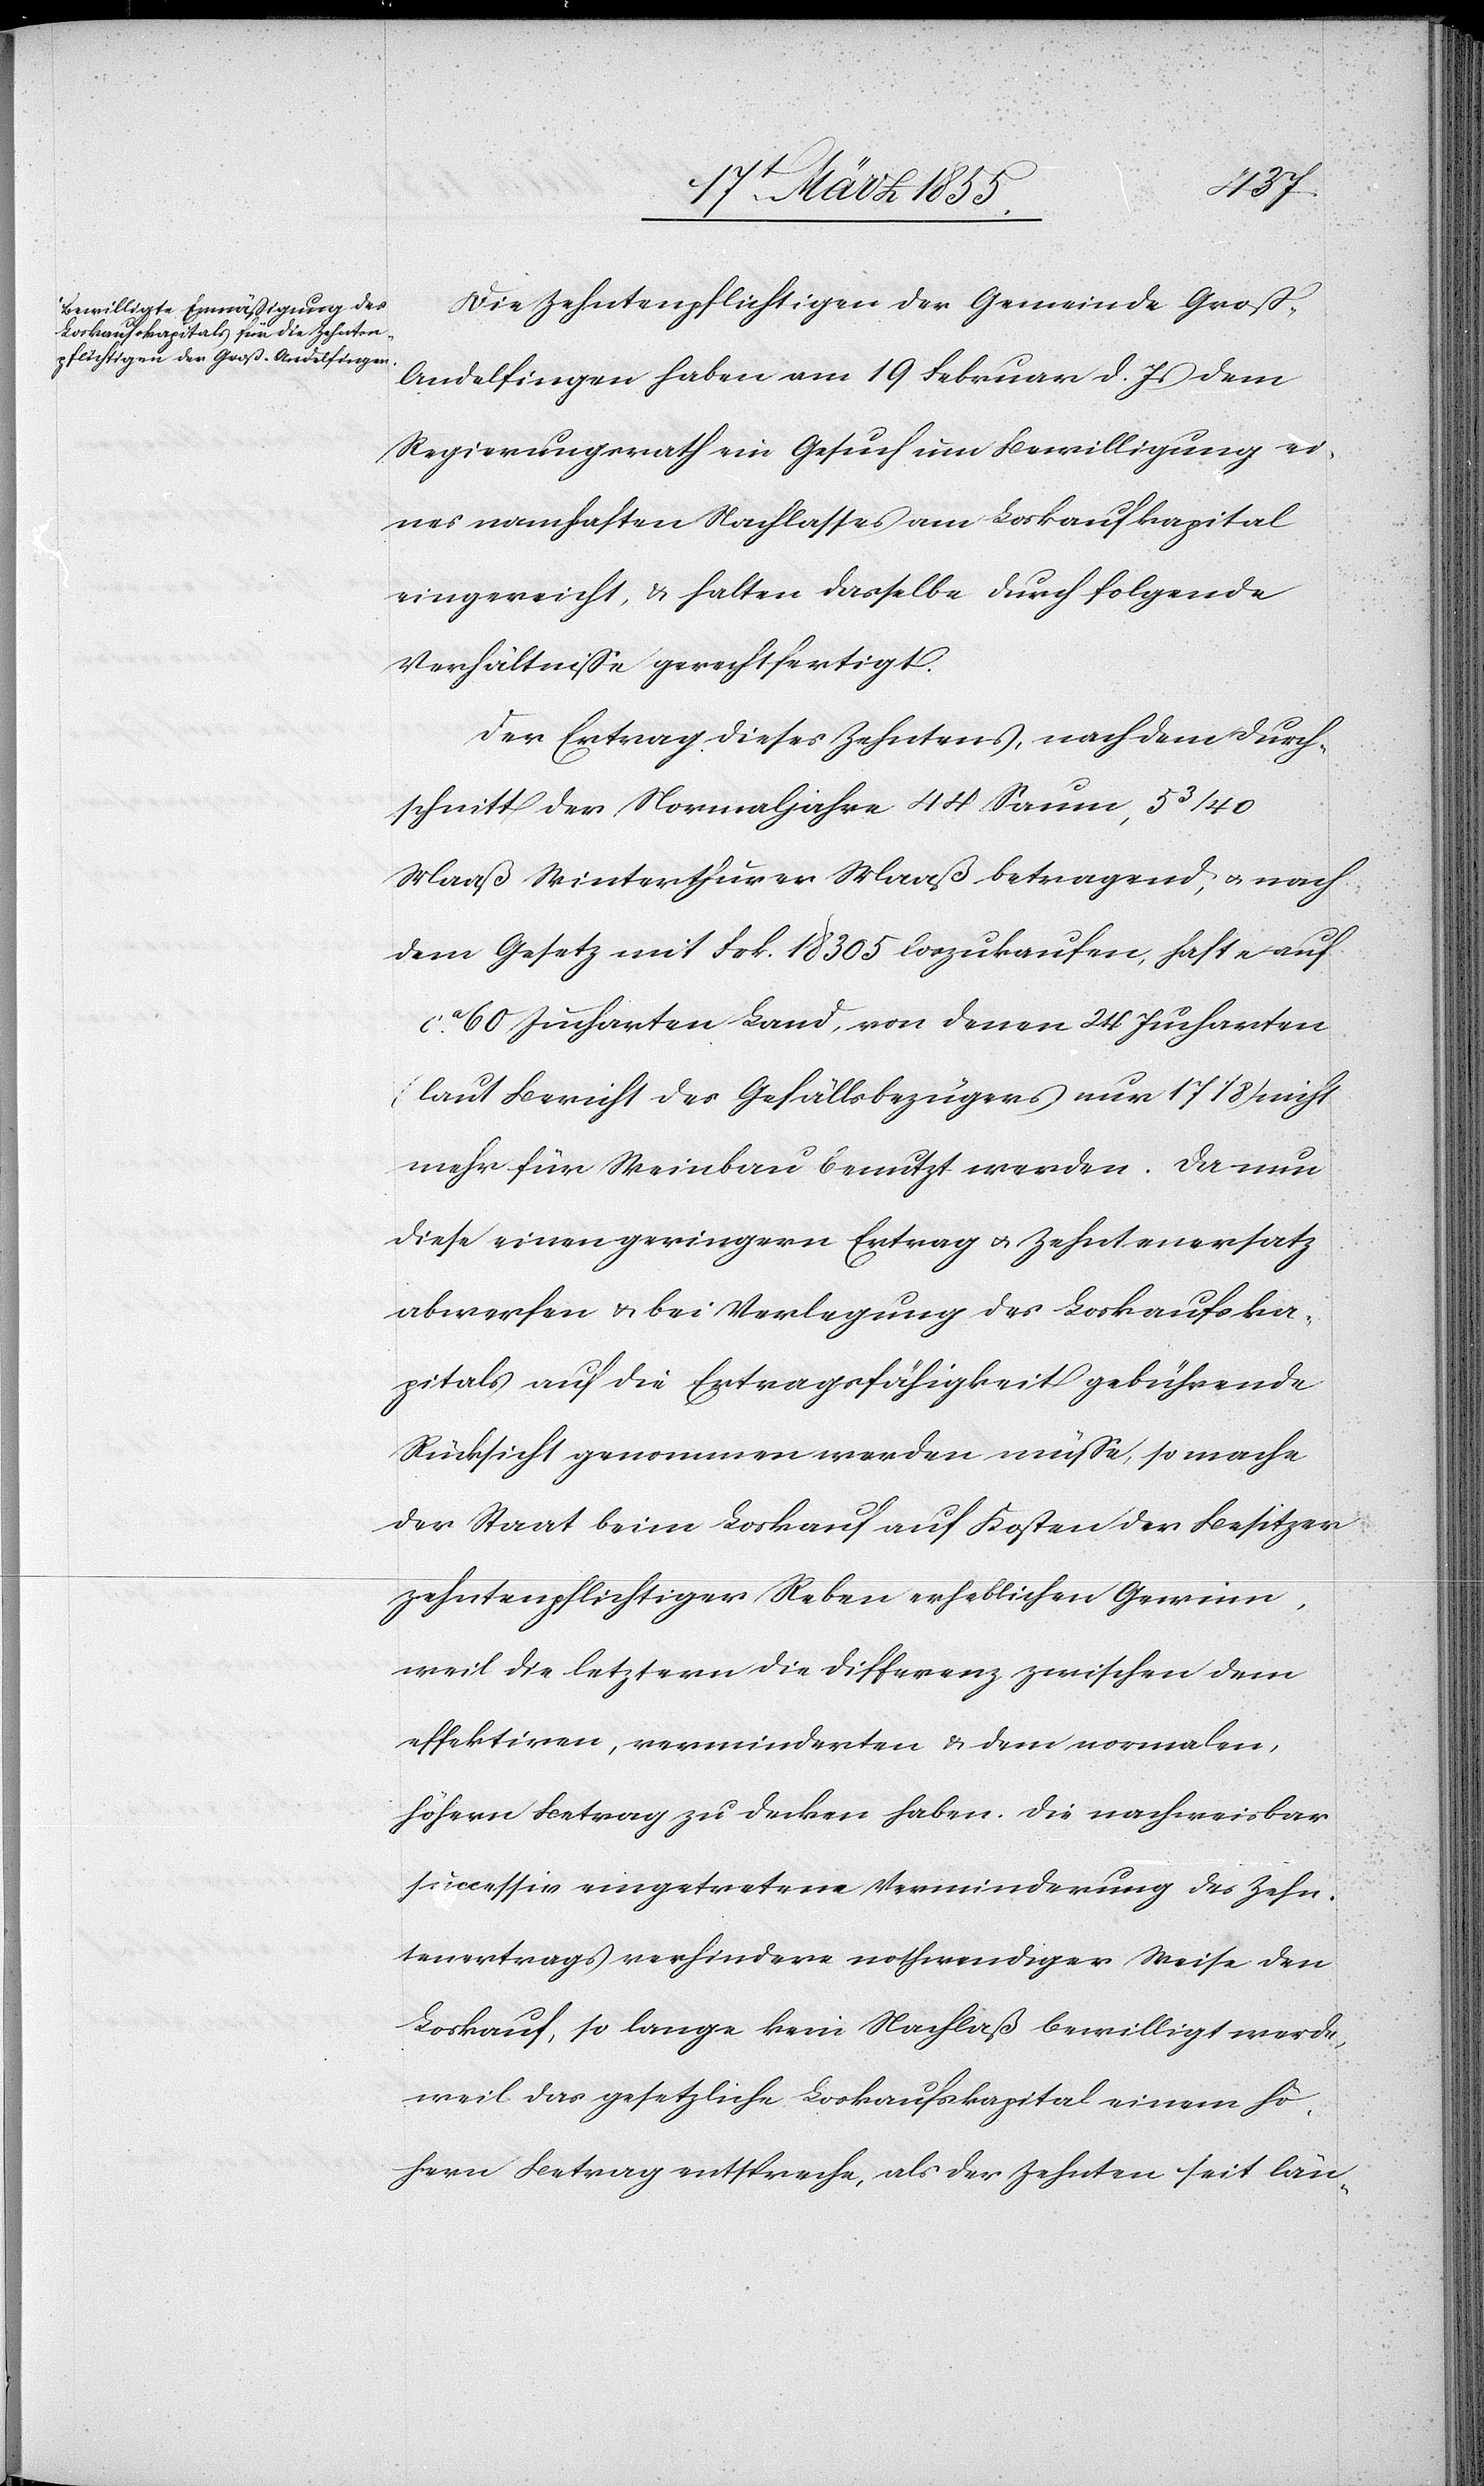
Die Zehntenpflichtigen der Gemeinde Groß-A¬
ndelfingen haben am 19 Februar d. Js dem
Regierungsrath ein Gesuch um Bewilligung ei¬
nes namhaften Nachlasses am Loskaufkapital
eingereicht, & halten dasselbe durch folgende
Verhältnisse gerechtfertigt.
Der Ertrag dieses Zehntens, nach dem Durch¬
schnitt der Normaljahre 44 Saum, 5 3/40
Maaß Winterthurer Maaß betragend, & nach
dem Gesetz mit Frk. 18 305 loszukaufen, hafte auf
ca. 60 Jucharten Land, von denen 24 Jucharten
(laut Bericht des Gefällsbezügers nur 17 1/8) nicht
mehr für Weinbau benutzt werden. Da nun
diese einen geringern Ertrag & Zehntenersatz
abwerfen & bei Verlegung des Loskaufska¬
pitals auf die Ertragsfähigkeit gebührende
Rücksicht genommen werden müsse, so mache
der Staat beim Loskauf auf Kosten der Besitzer
zehntenpflichtiger Reben erheblichen Gewinn,
weil die letztern die Differenz zwischen dem
effektiven, verminderten & dem normalen,
höhern Betrag zu decken haben. Die nachweisbar
successiv eingetretene Verminderung des Zehn¬
tenertrags verhindere nothwendiger Weise den
Loskauf, so lange kein Nachlaß bewilligt werde,
weil das gesetzliche Loskaufskapital einem hö¬
hern Betrag entspreche, als der Zehnten seit län-